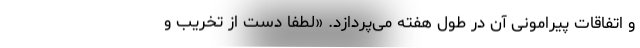
و اتفاقات پیرامونی آن در طول هفته می‌پردازد. «لطفا دست از تخریب و